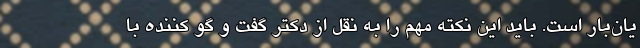
یان‌بار است. باید این نکته مهم را به نقل از دکتر گفت و گو کننده با